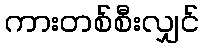
ကားတစ်စီးလျှင်